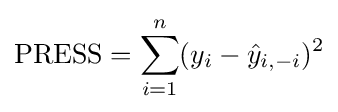
\operatorname {PRESS} =\sum _{i=1}^{n}(y_{i}-{\hat {y}}_{i,-i})^{2}